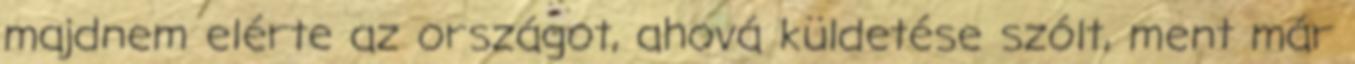
majdnem elérte az országot, ahová küldetése szólt, ment már